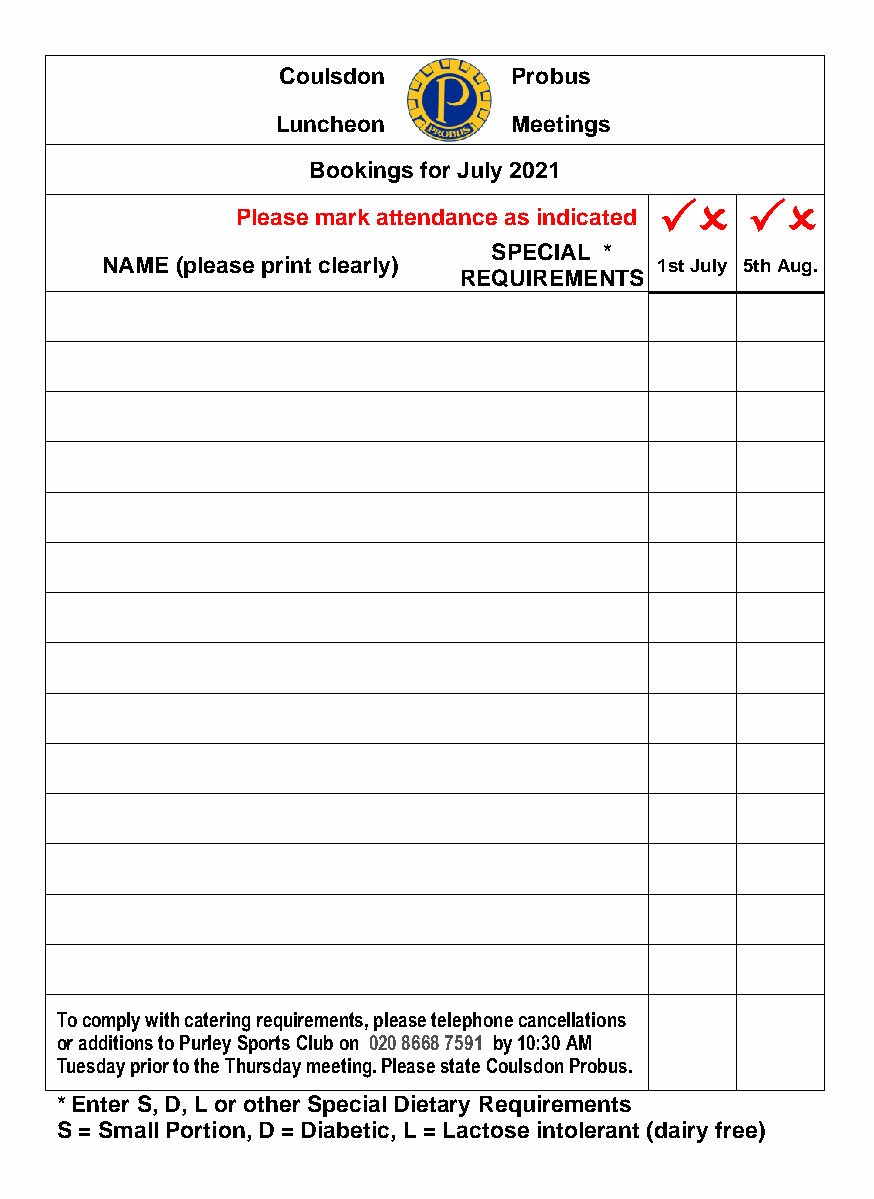
Coulsdon       Probus
 Luncheon        Meetings
 Bookings for July 2021
    
 Please mark attendance as indicated
 SPECIAL *
 NAME (please print clearly)          1st July 5th Aug.
 REQUIREMENTS
 To comply with catering requirements, please telephone cancellations
 or additions to Purley Sports Club on 020 8668 7591 by 10:30 AM
 Tuesday prior to the Thursday meeting. Please state Coulsdon Probus.
 * Enter S, D, L or other Special Dietary Requirements
 S = Small Portion, D = Diabetic, L = Lactose intolerant (dairy free)